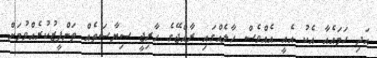
އަދި ހަމައެއާ އެކު އެއީ އެއްވެސް ހާލެއްގައި ރާއްޖޭގެ ހާރިޖީ ސިޔާސަތެއް ތަންފީޒުކުރެއްވުމަށް